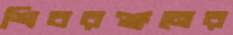
শিবরঞ্জনের